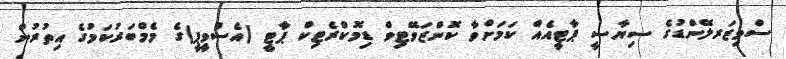
ސްވިޒަރލޭންޑުގެ ސިޔާސީ ޕާޓީއެއް ކަމަށްވާ ކޮންޒަވޭޓިވް ޑިމޮކްރެޓިކް ޕާޓީ (އެސްވީޕީ)ގެ މެމްބަރުކަމުގެ އިތުރުން